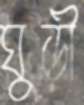
ঘুড়ী